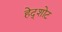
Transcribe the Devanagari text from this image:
हेद्शोट